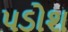
પડોશ